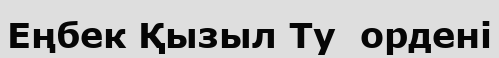
Еңбек Қызыл Ту  ордені